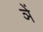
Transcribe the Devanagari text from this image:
ञें